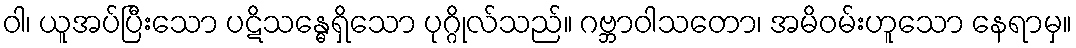
ဝါ၊ ယူအပ်ပြီးသော ပဋိသန္ဓေရှိသော ပုဂ္ဂိုလ်သည်။ ဂဗ္ဘာဝါသတော၊ အမိဝမ်းဟူသော နေရာမှ။